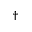
^ \dag